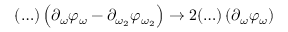
( \ldots ) \left( \partial _ { \omega } \varphi _ { \omega } - \partial _ { \omega _ { 2 } } \varphi _ { \omega _ { 2 } } \right) \to 2 ( \ldots ) \left( \partial _ { \omega } \varphi _ { \omega } \right)